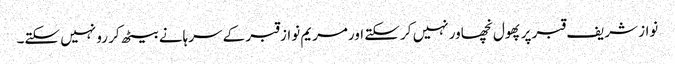
نواز شریف قبر پرپھول نچھاور نہیں کر سکتے اورمریم نواز قبر کے سرہانے بیٹھ کر رو نہیں سکتے۔